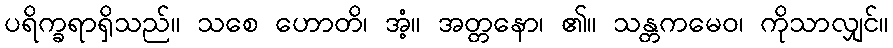
ပရိက္ခရာရှိသည်။ သစေ ဟောတိ၊ အံ့။ အတ္တနော၊ ၏။ သန္တကမေဝ၊ ကိုသာလျှင်။